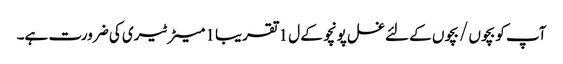
آپ کو بچوں / بچوں کے لئے غسل پونچو کے ل 1 تقریبا 1 میٹر ٹیری کی ضرورت ہے۔